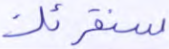
سنقرئك